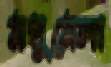
মধুমেলা